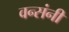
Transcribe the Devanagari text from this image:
वन्संनी